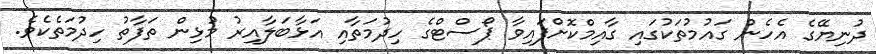
ދުނިޔޭގެ އެހެން ގައުމުތަކުގައި ގާއިމްކޮށްފައިވާ ޕޯސްޓްގެ ހިދުމަތާއި އަޅާބަލާއިރު މުޅިން ތަފާތު ހިދުމަތެކެވެ.